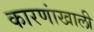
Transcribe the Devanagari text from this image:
कारणांखाली